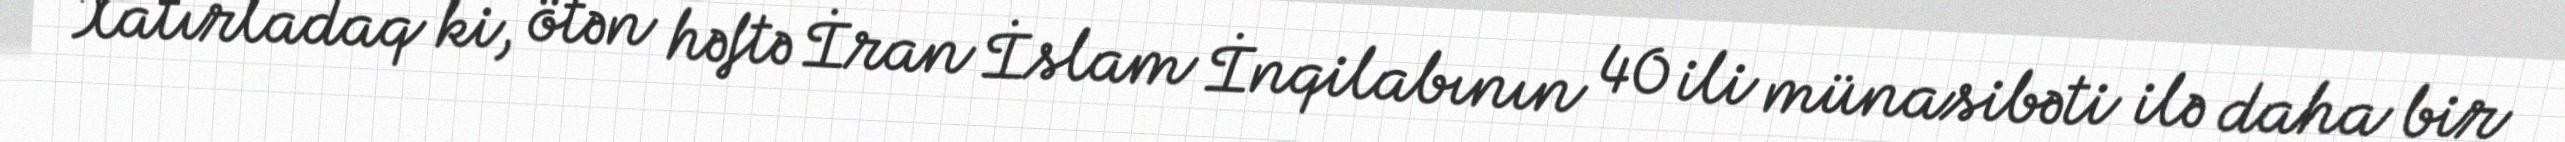
Xatırladaq ki, ötən həftə İran İslam İnqilabının 40 ili münasibəti ilə daha bir